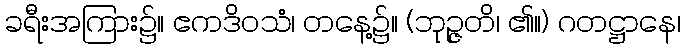
ခရီးအကြား၌။ ဧကဒိဝသံ၊ တနေ့၌။ (ဘုဉ္ဇတိ၊ ၏။) ဂတဋ္ဌာနေ၊